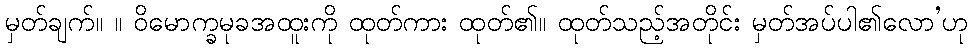
မှတ်ချက်။ ။ ဝိမောက္ခမုခအထူးကို ထုတ်ကား ထုတ်၏။ ထုတ်သည့်အတိုင်း မှတ်အပ်ပါ၏လော’ဟု